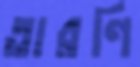
তারণি